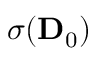
\sigma ( \ensuremath { \mathbf { D } } _ { 0 } )